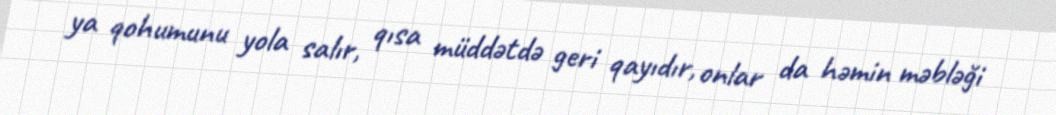
ya qohumunu yola salır, qısa müddətdə geri qayıdır, onlar da həmin məbləği